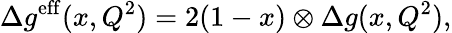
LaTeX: \Delta g^{\mathrm{eff}}(x,Q^{2})=2(1-x)\otimes\Delta g(x,Q^{2}),